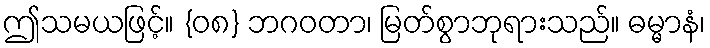
ဤသမယဖြင့်။ {၀၈} ဘဂဝတာ၊ မြတ်စွာဘုရားသည်။ ဓမ္မာနံ၊